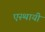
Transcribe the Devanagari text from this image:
एस्थायी